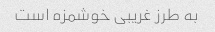
به طرز غریبی خوشمزه است